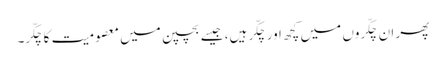
پھر ان چکّروں میں کچھ اور چکّر ہیں، جیسے بچپن میں معصومیت کا چکّر۔